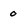
Character: o